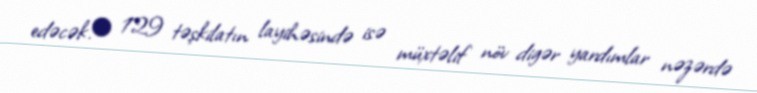
edəcək.• 129 təşkilatın layihəsində isə müxtəlif növ digər yardımlar nəzərdə